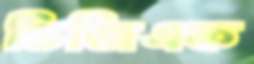
ভিজিএফ